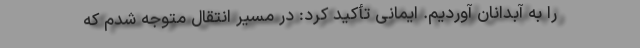
را به آبدانان آوردیم. ایمانی تأکید کرد: در مسیر انتقال متوجه شدم که